Scottish Leaving Certificate Examination, 1959
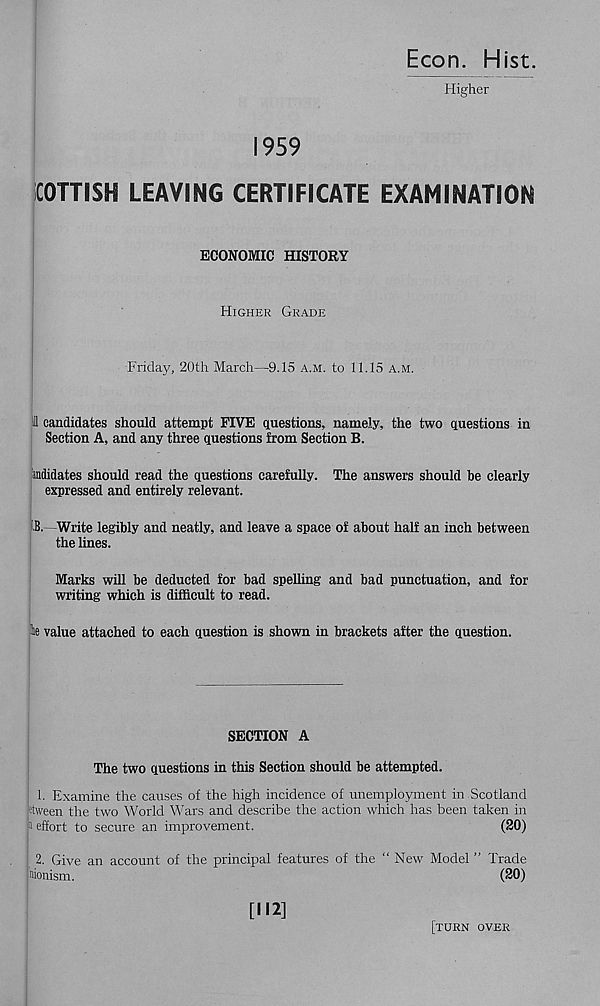
1959
Econ. Hist.
Higher
iCOTTISH LEAVING CERTIFICATE EXAMINATION
ECONOMIC HISTORY
Higher Grade
Friday, 20th March—9.15 a.m. to 11.15 a.m.
Ill candidates should attempt FIVE questions, namely, the two questions in
Section A, and any three questions from Section B.
andidates should read the questions carefully. The answers should be clearly
expressed and entirely relevant.
IB.—Write legibly and neatly, and leave a space of about half an inch between
the lines.
Marks will be deducted for bad spelling and bad punctuation, and for
writing which is difficult to read.
te value attached to each question is shown in brackets after the question.
SECTION A
The two questions in this Section should be attempted.
1. Examine the causes of the high incidence of unemployment in Scotland
etween the two World Wars and describe the action which has been taken in
1 effort to secure an improvement.
(20)
2. Give an account of the principal features of the “New Model ” Trade
Monism.
(20)
[M2]
[turn over